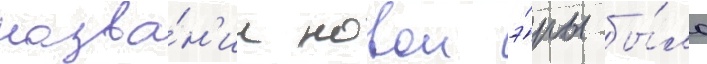
назва́н'ии новои э́ры бы́ло